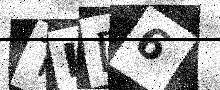
Text: TID6